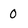
Character: 0